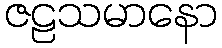
ဇဠသမာနော